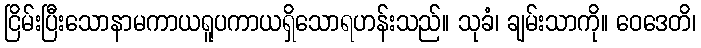
ငြိမ်းပြီးသောနာမကာယရူပကာယရှိသောရဟန်းသည်။ သုခံ၊ ချမ်းသာကို။ ဝေဒေတိ၊